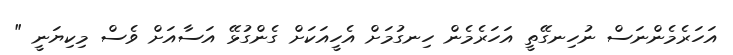
އަހަރެމެންނަސް ނުހިނގޭތީ އަހަރެމެން ހިނގުމަށް އެހީއަކަށް ގެންގުޅޭ އަސާއަށް ވެސް މިކިޔަނީ "